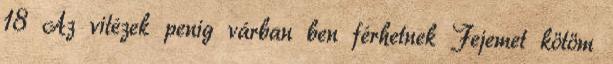
18 Az vitézek penig várban ben férhetnek Fejemet kötöm